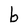
Character: b